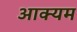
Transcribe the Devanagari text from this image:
आक्यम